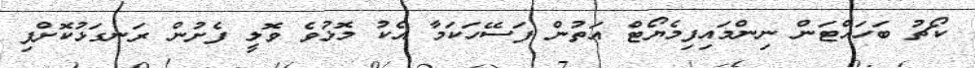
ކޯޗު ބަހައްޓަން ނިންމައިފިމެޔޯޓް އަތުން ފަސޭހަކަމާ އެކު މޮޅުވެ ވޮލީ ފެށުން ރަނގަޅުކޮށްފި